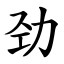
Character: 劲